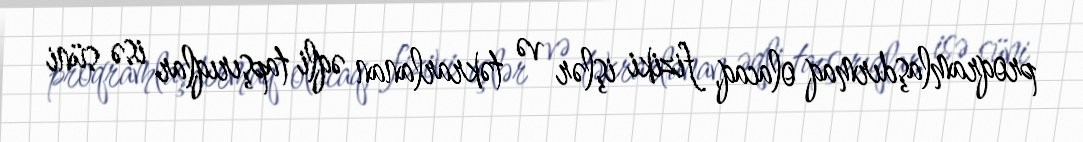
proqramlaşdırmaq olacaq, fiziki işlər və təkrarlanan əqli tapşırıqlar isə süni